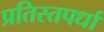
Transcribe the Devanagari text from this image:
प्रतिस्तपर्धा